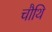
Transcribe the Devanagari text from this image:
चौथि